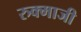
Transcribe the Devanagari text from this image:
रुक्माजी